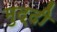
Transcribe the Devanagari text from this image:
मुद्दी